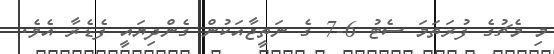
މި މެޗުގެ ފުރަތަމަ ސެޓު 6-7 ގެ ނަތީޖާއަކުން ގެންދިޔައީ ފެޑެރާ އެވެ.